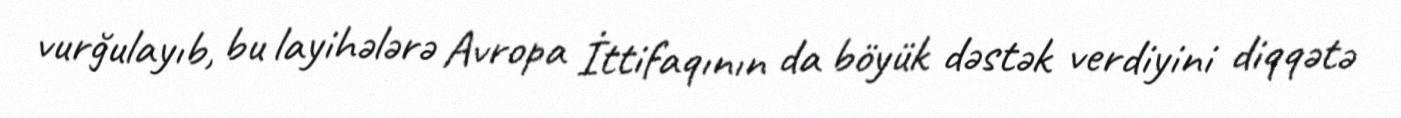
vurğulayıb, bu layihələrə Avropa İttifaqının da böyük dəstək verdiyini diqqətə